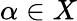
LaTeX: \alpha\in X